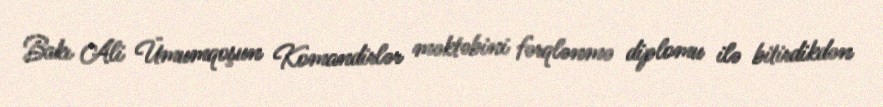
Bakı Ali Ümumqoşun Komandirlər məktəbini fərqlənmə diplomu ilə bitirdikdən